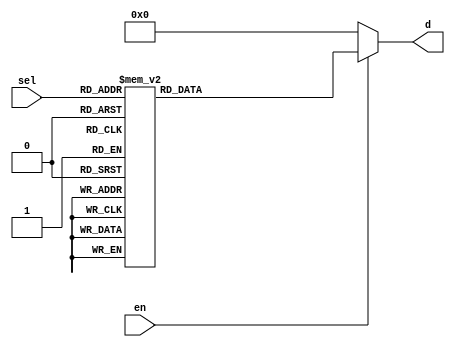
/* 4 to 16 demultiplexer */

`timescale 1ns/1ns

module dmux4x16(
  input  en,
  input  [3:0] sel,
  output reg [15:0] d
);

  always @(sel or en) begin
    d = 16'b0;
    if(en) begin
      case(sel)
        4'b0000: d = 16'b0000000000000001; // R0
        4'b0001: d = 16'b0000000000000010; // R1
        4'b0010: d = 16'b0000000000000100; // R2
        4'b0011: d = 16'b0000000000001000; // R3
        4'b0100: d = 16'b0000000000010000; // R4
        4'b0101: d = 16'b0000000000100000; // R5
        4'b0110: d = 16'b0000000001000000; // R6
        4'b0111: d = 16'b0000000010000000; // R7
        4'b1000: d = 16'b0000000100000000; // R8
        4'b1001: d = 16'b0000001000000000; // R9
        4'b1010: d = 16'b0000010000000000; // R10
        4'b1011: d = 16'b0000100000000000; // R11
        4'b1100: d = 16'b0001000000000000; // R12
        4'b1101: d = 16'b0010000000000000; // R13
        4'b1110: d = 16'b0100000000000000; // R14
        4'b1111: d = 16'b1000000000000000; // R15
        default: d = 16'b0000000000000000; // all registers off
      endcase
    end
  end

endmodule